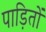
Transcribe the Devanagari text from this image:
पाड़ितों